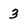
Character: 3